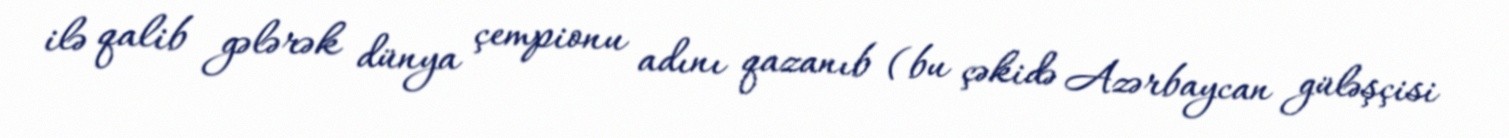
ilə qalib gələrək dünya çempionu adını qazanıb (bu çəkidə Azərbaycan güləşçisi